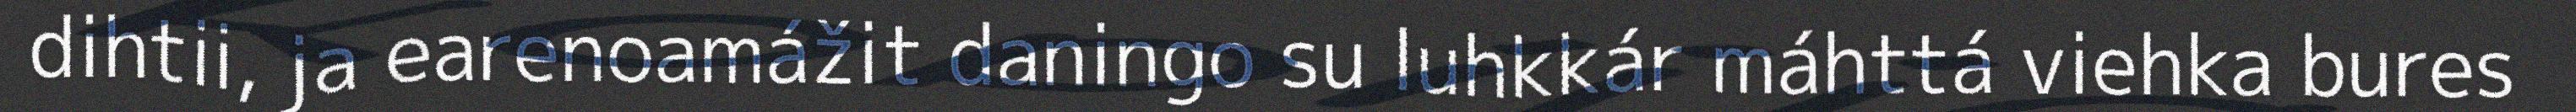
dihtii, ja earenoamážit daningo su luhkkár máhttá viehka bures